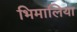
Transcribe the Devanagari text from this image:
भिमालिया